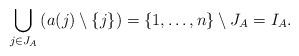
LaTeX: \begin{align*}\bigcup_{j \in J_A} \left( a(j)\setminus \{ j\} \right) = \{ 1 , \ldots , n \} \setminus J_A =I_A.\end{align*}